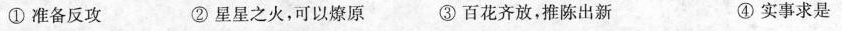
①准备反攻 ②星星之火，可以燎原 ③百花齐放，推陈出新 ④实事求事